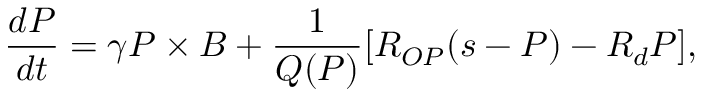
\frac { d \boldsymbol { P } } { d t } = \gamma \boldsymbol { P } \times \boldsymbol { B } + \frac { 1 } { Q ( P ) } [ R _ { O P } ( \boldsymbol { s } - \boldsymbol { P } ) - R _ { d } \boldsymbol { P } ] ,